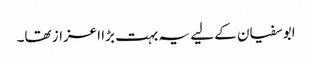
ابوسفیان کے لیے یہ بہت بڑا اعزاز تھا۔